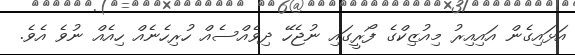
އަޅައިގެން އައިއިރު މިއުޒިކްގެ ފޯރީގައި ނުޖެހޭ ދިވެއްސެއް ހުރިހެނެއް ހިއެއް ނުވެ އެވެ.